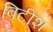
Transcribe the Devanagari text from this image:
बिटीश